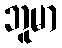
ဘူမာ